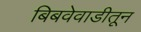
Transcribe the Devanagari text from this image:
बिबवेवाडीतून